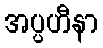
အပ္ပဟီနာ